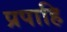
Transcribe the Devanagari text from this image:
प्रपाहि